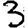
Digit: 3